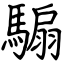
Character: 騸